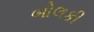
બોલકી